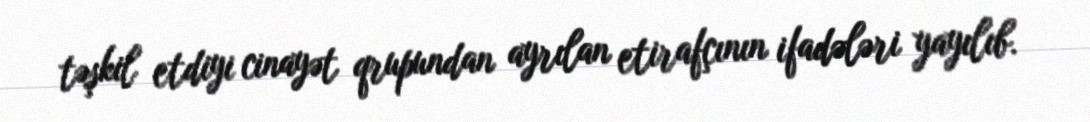
təşkil etdiyi cinayət qrupundan ayrılan etirafçının ifadələri yayılıb.